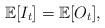
LaTeX: \begin{align*}\mathbb{E}[I_t] = \mathbb{E}[O_t],\end{align*}